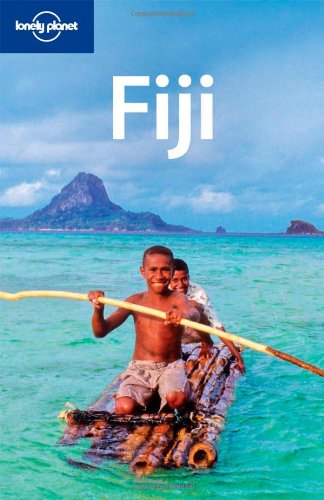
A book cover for Fiji (Country Travel Guide); Dean Starnes; Travel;